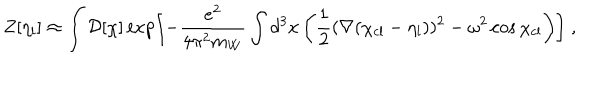
Z [ \eta _ { l } ] \approx \int { \cal D } [ \chi ] \exp \left[ - { \frac { e ^ { 2 } } { 4 \pi ^ { 2 } m _ { W } } } \int d ^ { 3 } x \left( { \frac { 1 } { 2 } } ( \nabla ( \chi _ { \mathrm { c l } } - \eta _ { l } ) ) ^ { 2 } - \omega ^ { 2 } \cos \chi _ { \mathrm { c l } } \right) \right] \; ,